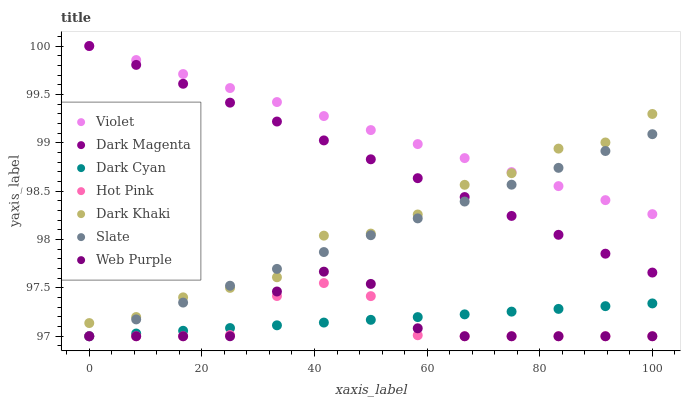
| xaxis_label | Violet | Dark Magenta | Dark Cyan | Hot Pink | Dark Khaki | Slate | Web Purple |
 | --- | --- | --- | --- | --- | --- | --- | --- |
 | 0 | 100 | 100 | 97 | 97 | 97.1 | 97 | 97 |
 | 8.33 | 99.9 | 99.8 | 97 | 97 | 97.2 | 97.2 | 97 |
 | 16.7 | 99.7 | 99.6 | 97.1 | 97 | 97.4 | 97.3 | 97 |
 | 25 | 99.6 | 99.4 | 97.1 | 97 | 97.5 | 97.5 | 97 |
 | 33.3 | 99.4 | 99.2 | 97.1 | 97.4 | 97.6 | 97.7 | 97.5 |
 | 41.7 | 99.3 | 99 | 97.1 | 97.5 | 98 | 97.9 | 97.7 |
 | 50 | 99.1 | 98.8 | 97.2 | 97.4 | 98.1 | 98 | 97.5 |
 | 58.3 | 99 | 98.6 | 97.2 | 97 | 98.3 | 98.2 | 97.1 |
 | 66.7 | 98.8 | 98.4 | 97.2 | 97 | 98.6 | 98.4 | 97 |
 | 75 | 98.7 | 98.2 | 97.3 | 97 | 98.7 | 98.6 | 97 |
 | 83.3 | 98.6 | 98 | 97.3 | 97 | 98.9 | 98.7 | 97 |
 | 91.7 | 98.4 | 97.9 | 97.3 | 97 | 99 | 98.9 | 97 |
 | 100 | 98.3 | 97.7 | 97.3 | 97 | 99.3 | 99.1 | 97 |